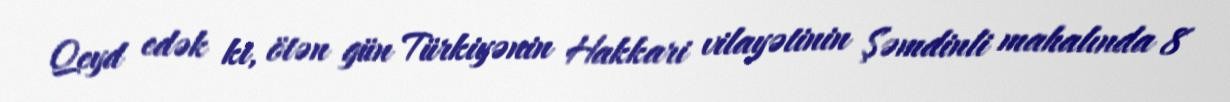
Qeyd edək ki, ötən gün Türkiyənin Hakkari vilayətinin Şəmdinli mahalında 8